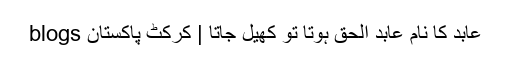
عابد کا نام عابد الحق ہوتا تو کھیل جاتا | کرکٹ پاکستان blogs